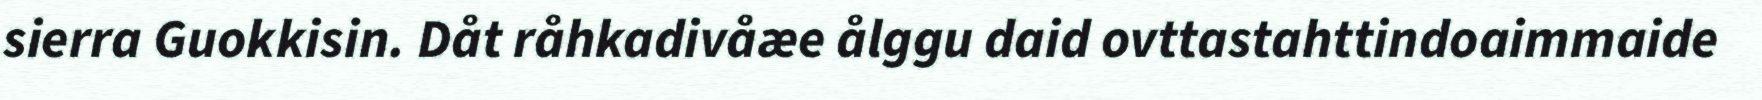
sierra Guokkisin. Dåt råhkadivåæe ålggu daid ovttastahttindoaimmaide